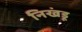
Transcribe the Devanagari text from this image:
निखंडू